Annual report of the Civil Veterinary Department, Bengal, for the year 1897-98 - 1897-1898
Year: 1897
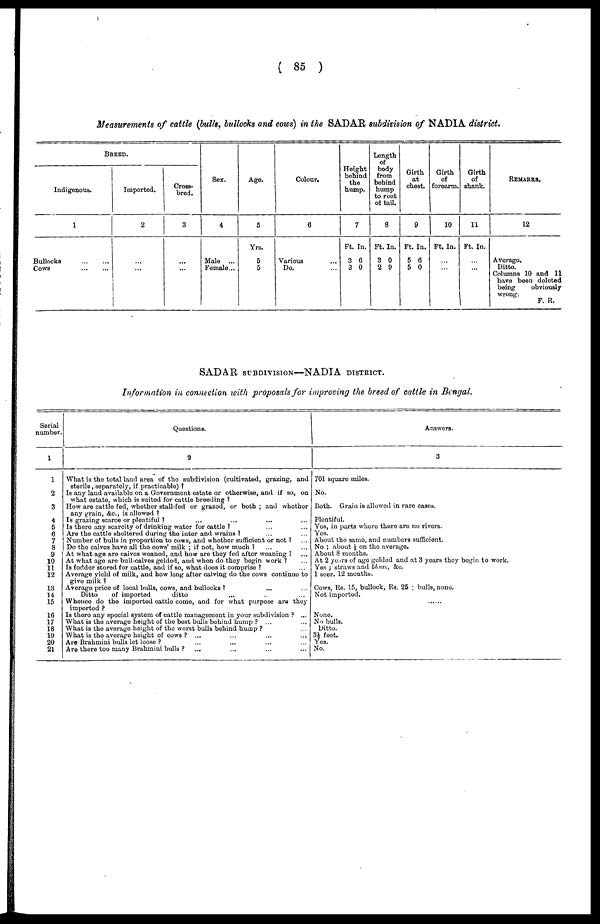
(85)
Measurements of cattle (bulls, bullocks and cows) in the SADAR, subdivision of NADIA district.
BREED.
Indigenous.
1
Bullocks
...
...
Cows ... ...
Imported.
2
...
...
Cross-
bred.
3
...
...
Sox.
4
Male
...
Female ...
Ago.
5
Yrs.
5
5
Colour.
6
Various ...
Do. ...
Height
bohind
the
hump.
7
Ft. In.
3 6
3 0
Length
of
body
from
behind
hump
to root
of tail.
8
Ft. In.
3 0
2 9
Girth
at
chest.
9
Ft. In.
5 6
5 0
Girth
of
foroarm.
10
Ft. In.
...
...
Girth
of
shank.
11
Ft. In.
...
...
Remarks.
12
Average.
Ditto.
Columns 10 and 11
have been deleted
being
obviously
wrong.
F. R.
SADAR SUBDIVISION—NADIA DISTRICT.
Information in connection with proposals for improving the breed of cattle in Bengal.
Serial
number.
1
1
2
3
4
5
6
7
8
9
10
11
12
13
14
15
16
17
18
19
20
21
Questions.
2
What is the total land area of the subdivision (cultivated, grazing, and
sterile, separately, if practicable)?
Is any land available on a Government estate or otherwise, and if so, on
what estate, which is suited for cattle brooding?
How are cattle fed, whether stall-fed or grazod, or both; and whotbor
any grain, &c., is allowed?
Is grazing scarce or plentiful? ... ...
Is there any scarcity of drinking water for cattle? ... ...
Are the cattle sheltered during the inter and wrains? ... ...
Number of bulls in proportion to cows, and whether sufficient or not? ...
Do the calvos have all the cows' milk; if not, how much? ... ...
At what age are caives weaned, and how are they fed after woaning? ... ...
At what age are bull calves gelded, and when do they begin work? ...
Is fodder stored for cattle, and if so, what does it comprise? ...
Average yield of milk, and how long after calving do the cows continue to
give milk?
Average price of local bulls, cows, and bullocks? ... ...
Ditto
of imported
ditto
Whence do the imported cattle come, and for what purpose are they
imported?
Is there any special system of cattle management in your subdivision? ...
What is the average height of the bost balls behind hump? ... ...
What is the average height of the worst bulls behind hump?
What is the average height of cows? ...
...
...
...
Are Brahmini bulls let loose?
...
...
...
...
Are there too many Brahmini bulls?
....
...
...
...
Answers.
3
701 square miles.
No.
Both. Grain is allowed in rare cases.
Plentiful.
Yes, in parts whore there are no rivers.
Yes.
About the same, and numbers sufficient.
No; about ½ on the average.
About 8 months.
At 2 years of age golded and at 3 years they begin to work.
Yes; straws and bhasi, &c..
1 seer. 12 months.
Cows, Rs. 15, bullock, Rs. 25: bulls, none.
Not imported.
None.
No bulls.
Ditto.
3½ foot.
Yes.
No.